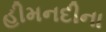
હીમનદીના